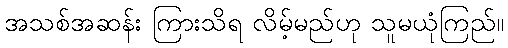
အသစ်အဆန်း ကြားသိရ လိမ့်မည်ဟု သူမယုံကြည်။